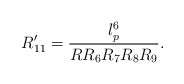
\begin{align*}R_{11}^{\prime} = \frac{l_p^6}{R R_6 R_7 R_8 R_9 } .\end{align*}